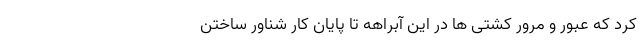
کرد که عبور و مرور کشتی ها در این آبراهه تا پایان کار شناور ساختن